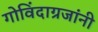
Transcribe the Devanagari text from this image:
गोविंदाग्रजांनी